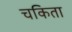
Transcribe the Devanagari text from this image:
चकिता